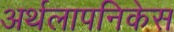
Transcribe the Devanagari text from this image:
अर्थलापनिकेस